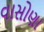
વાસોણા